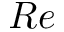
R e